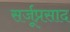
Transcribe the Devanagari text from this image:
सर्जूप्रसाद